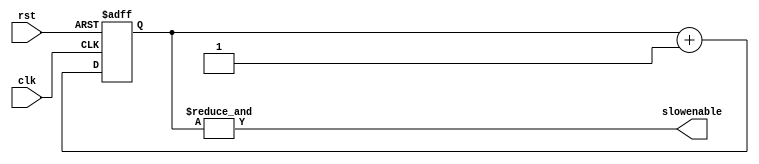
`timescale 1ns / 1ps
//////////////////////////////////////////////////////////////////////////////////
// Company: 
// Engineer: 
// 
// Design Name: 
// Module Name:    div256 
// Project Name: 
// Target Devices: 
// Tool versions: 
// Description: 
//
// Dependencies: 
//
// Revision: 
// Revision 0.01 - File Created
// Additional Comments: 
//
//////////////////////////////////////////////////////////////////////////////////
module div256(clk, rst, slowenable);
	input clk;
	input rst;
	output slowenable;

	reg [7:0] count;

		always@(posedge clk or posedge rst)
			if (rst) count <= 0;
			else count <= count + 1;
			
		assign slowenable = &count;
		
endmodule